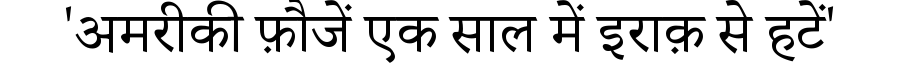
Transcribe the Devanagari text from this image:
'अमरीकी फ़ौजें एक साल में इराक़ से हटें'